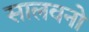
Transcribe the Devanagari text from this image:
सालवनो